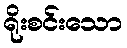
ရိုးစင်းသော